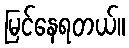
မြင်နေရတယ်။